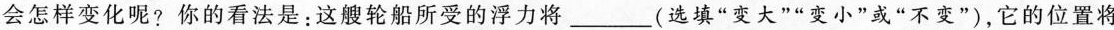
会怎样变化呢?你的看法是：这艘轮船所受的浮力将___(选填”变大””变小”或”不变”)，它的位置将